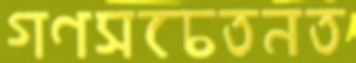
গণসচেতনত